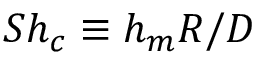
S h _ { c } \equiv { h _ { m } R / { \cal D } }